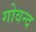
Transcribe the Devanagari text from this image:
गोवन्द